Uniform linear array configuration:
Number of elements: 16
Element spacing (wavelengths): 0.5
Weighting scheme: hann
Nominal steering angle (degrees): -60
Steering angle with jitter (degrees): -61.451
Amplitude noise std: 0.05
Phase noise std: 0.05

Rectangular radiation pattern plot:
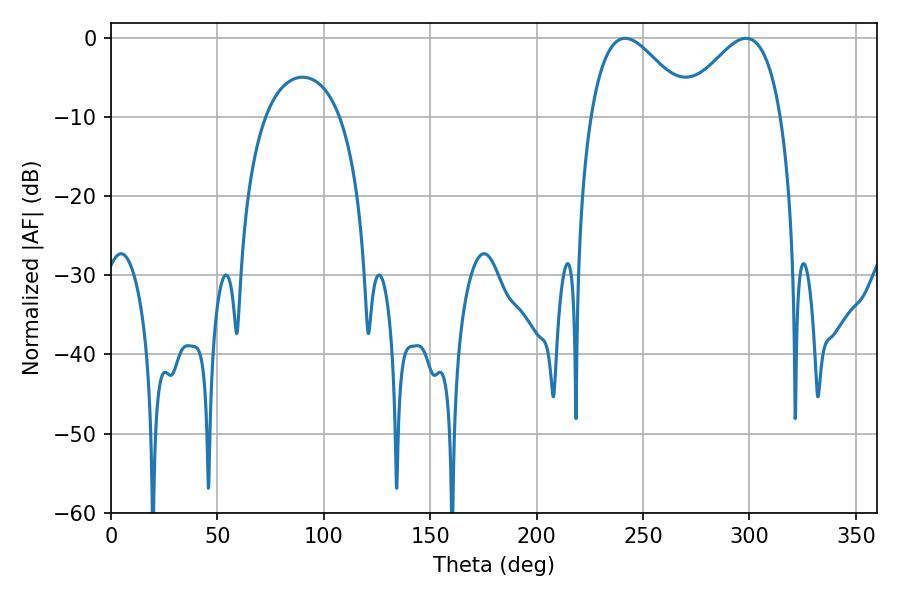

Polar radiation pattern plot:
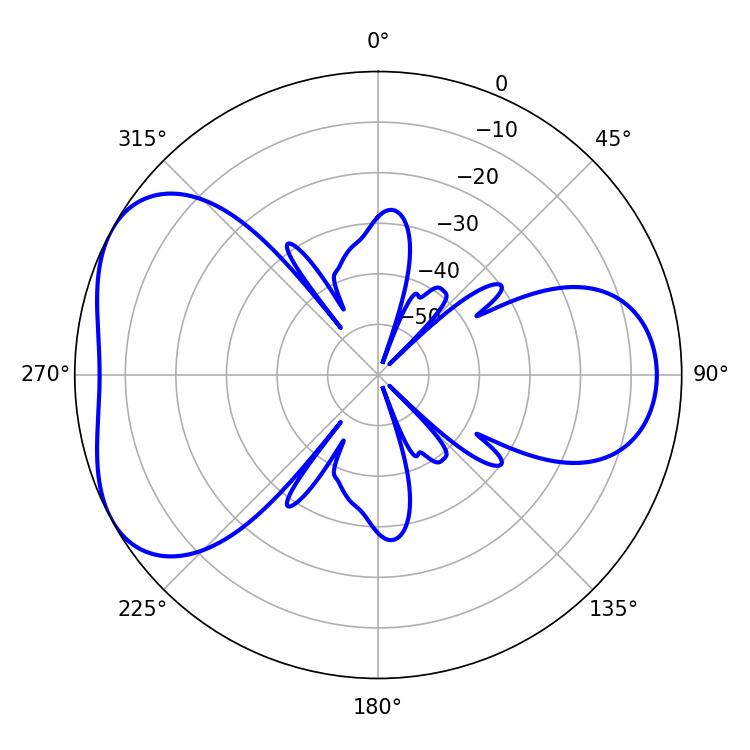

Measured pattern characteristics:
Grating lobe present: FALSE
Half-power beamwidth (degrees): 25.2
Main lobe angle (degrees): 241.56